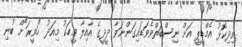
އިދިކޮޅު އެމްޑީޕީ އަށް ނިސްބަތްވެވަޑައިގަންނަވާ ދީދީގެ އާއިލާ މީހަކު މިއަދު "ހަވީރަ"ށް ބުނި